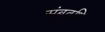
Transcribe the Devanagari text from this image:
संबुद्धि